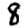
Digit: 8